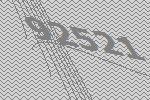
92521